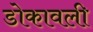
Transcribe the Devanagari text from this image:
डोकावली